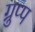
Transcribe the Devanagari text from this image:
ग्रुप्प